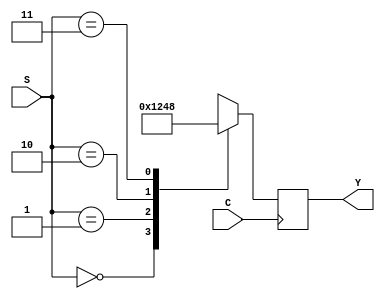
module top(C, S, Y);
input C;
input [1:0] S;
output reg [3:0] Y;

initial Y = 0;

always @(posedge C) begin
        case (S)
                2'b00: Y <= 4'b0001;
                2'b01: Y <= 4'b0010;
                2'b10: Y <= 4'b0100;
                2'b11: Y <= 4'b1000;
        endcase
end

endmodule